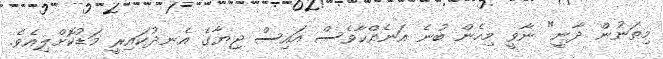
މިތަނުން ދާނީ" ނާވީ މިހެން ބުނެ އަނެއްކާވެސް އައިސް ޖިޔާގެ އެނދުކައިރީ މަޑުކޮށްލިއެވެ.